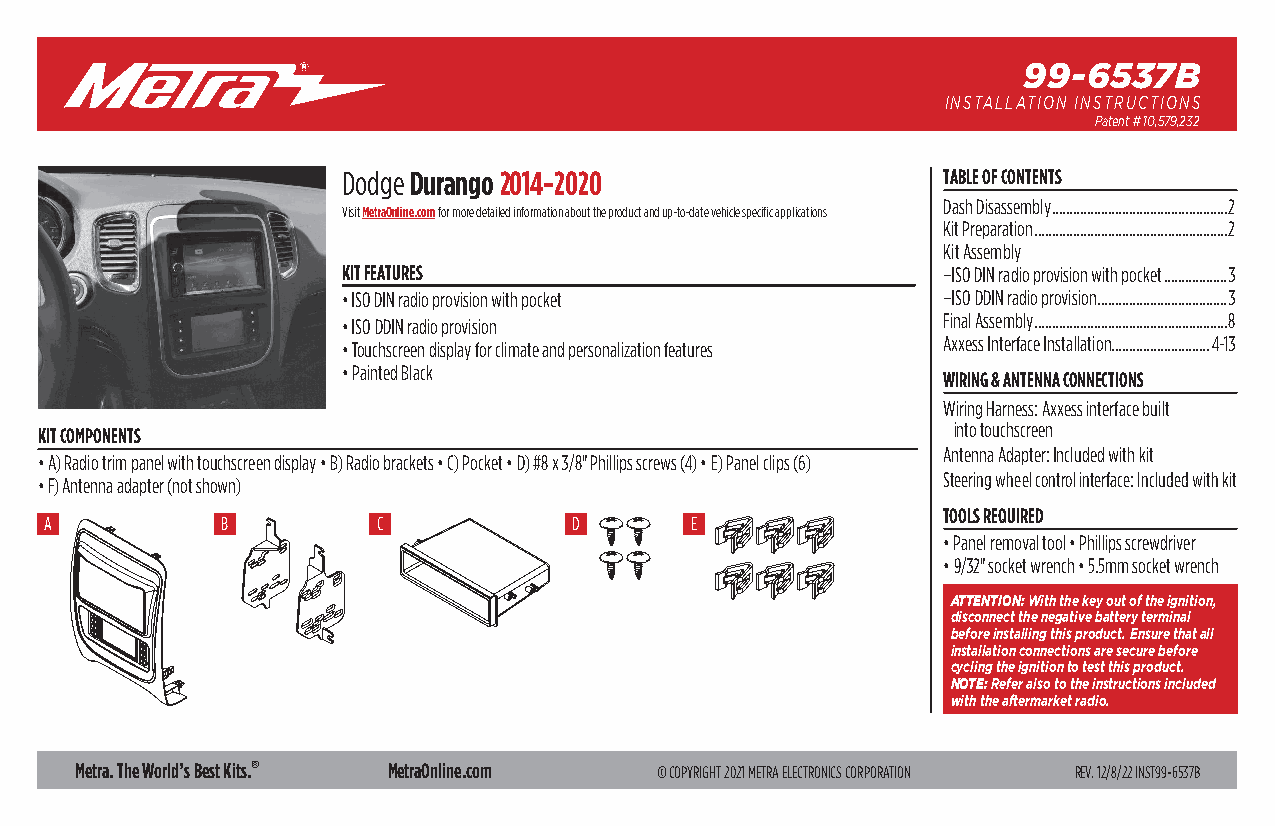
99-6537B
 INSTALLATION INSTRUCTIONS
 Patent # 10,579,232
 Dodge Durango 2014-2020                TABLE OF CONTENTS
 Dash Disassembly ..................................................2
 Visit MetraOnline.com for more detailed information about the product and up-to-date vehicle specific applications
 Kit Preparation .......................................................2
 Kit Assembly
 KIT FEATURES                           –ISO DIN radio provision with pocket ..................3
 • ISO DIN radio provision with pocket  –ISO DDIN radio provision .....................................3
 • ISO DDIN radio provision             Final Assembly .......................................................8
 • Touchscreen display for climate and personalization features Axxess Interface Installation ............................4-13
 • Painted Black
 WIRING & ANTENNA CONNECTIONS
 Wiring Harness: Axxess interface built
 into touchscreen
 KIT COMPONENTS
 Antenna Adapter: Included with kit
 • A) Radio trim panel with touchscreen display • B) Radio brackets • C) Pocket • D) #8 x 3/8" Phillips screws (4) • E) Panel clips (6)
 Steering wheel control interface: Included with kit
 • F) Antenna adapter (not shown)
 TOOLS REQUIRED
 A           B         C            D       E
 • Panel removal tool • Phillips screwdriver
 • 9/32" socket wrench • 5.5mm socket wrench
 ATTENTION: With the key out of the ignition,
 disconnect the negative battery terminal
 before installing this product. Ensure that all
 installation connections are secure before
 cycling the ignition to test this product.
 NOTE: Refer also to the instructions included
 with the aftermarket radio.
 Metra. The World’s Best Kits.® MetraOnline.com © COPYRIGHT 2021 METRA ELECTRONICS CORPORATION REV. 12/8/22 INST99-6537B